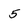
Character: 5